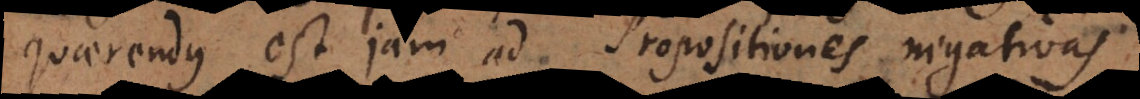
quaerendus est jam ad Propositiones negativas